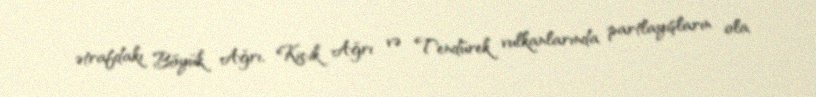
ətrafdakı Böyük Ağrı, Kiçik Ağrı və Tendürek vulkanlarında partlayışların ola